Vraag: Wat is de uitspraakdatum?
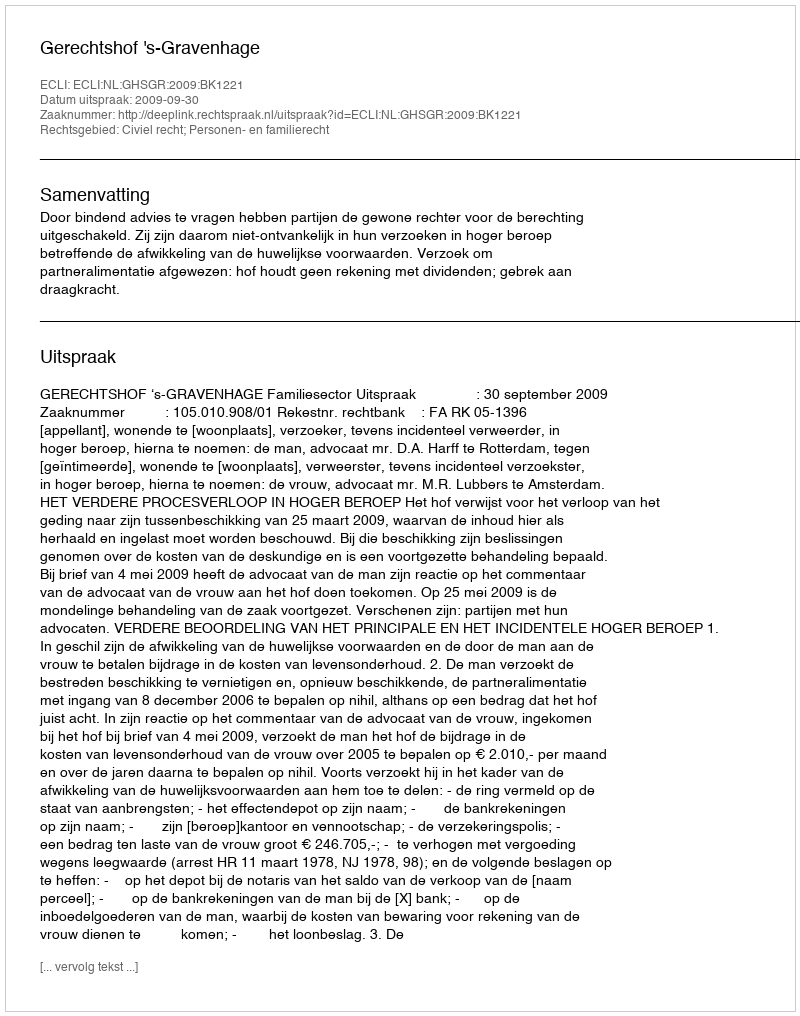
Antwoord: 2009-09-30